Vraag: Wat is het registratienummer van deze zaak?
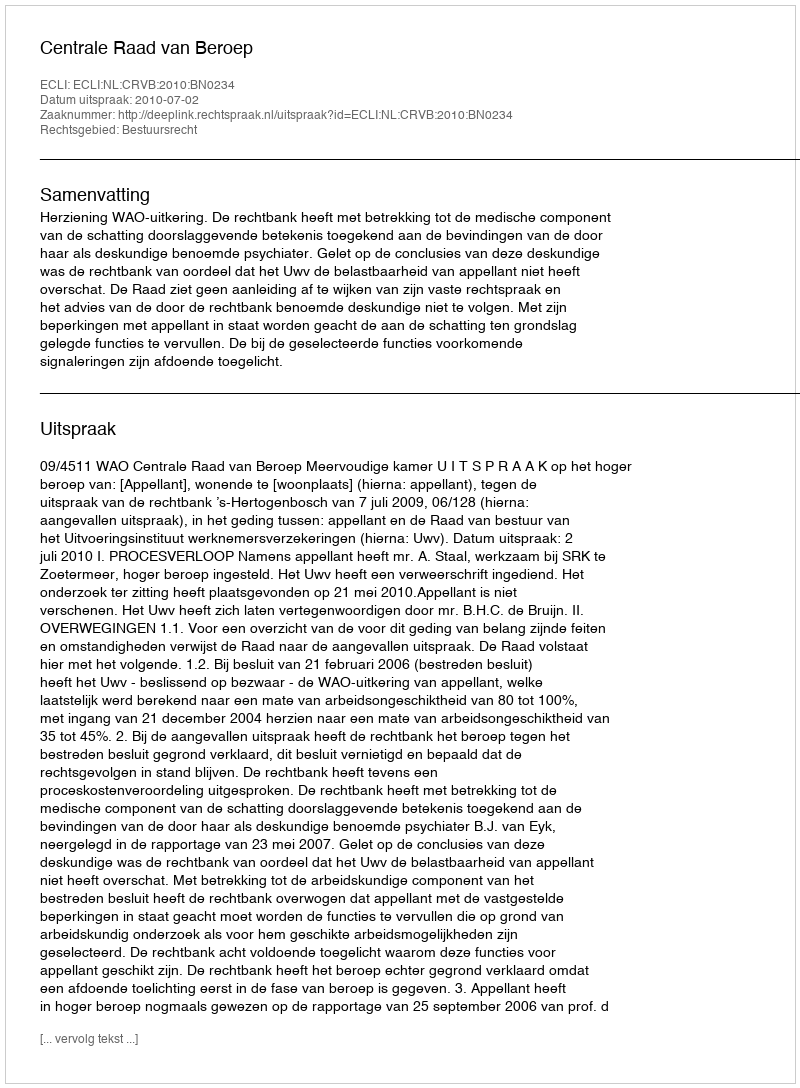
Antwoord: http://deeplink.rechtspraak.nl/uitspraak?id=ECLI:NL:CRVB:2010:BN0234